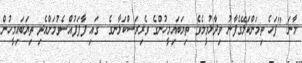
މާނަ: "ފަހެ ތިމަންކަލޭގެފާނު ވިދާޅުވީމެވެ. ތިޔަބައިމީހުންގެ ވެރިރަސްކަލާނގެ  ގައި ފާފަފުއްސެވުމަށްއެދި ތިޔަބައިމީހުން